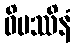
ဝိပဿိနံ